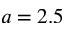
a = 2 . 5